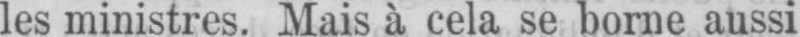
les ministres. Mais à cela se borne aussi